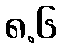
၈.၆